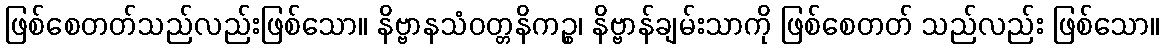
ဖြစ်စေတတ်သည်လည်းဖြစ်သော။ နိဗ္ဗာနသံဝတ္တနိကဉ္စ၊ နိဗ္ဗာန်ချမ်းသာကို ဖြစ်စေတတ် သည်လည်း ဖြစ်သော။